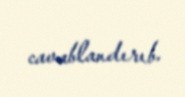
cavablandırıb.